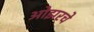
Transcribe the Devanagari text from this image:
ओझरचे